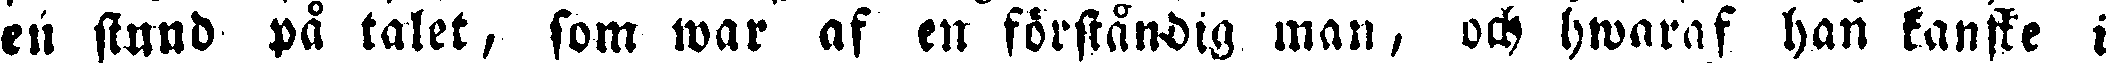
en stund på talet, som war af en förståndig man och hwaraf han kanske i